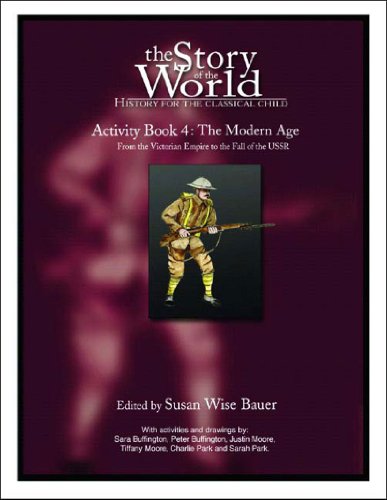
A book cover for The Story of the World Activity Book Four: The Modern Age: From Victoria's Empire to the End of the USSR; Education & Teaching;